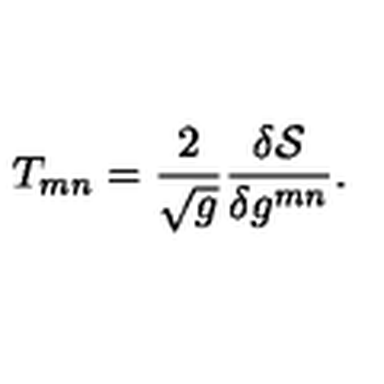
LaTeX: T _ { m n } = \frac { 2 } { \sqrt { g } } \frac { \delta { \mathcal { S } } } { \delta g ^ { m n } } .